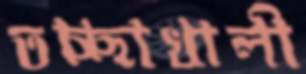
তচ্ছাখালী